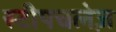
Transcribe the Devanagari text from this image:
स्टीपचलेज़